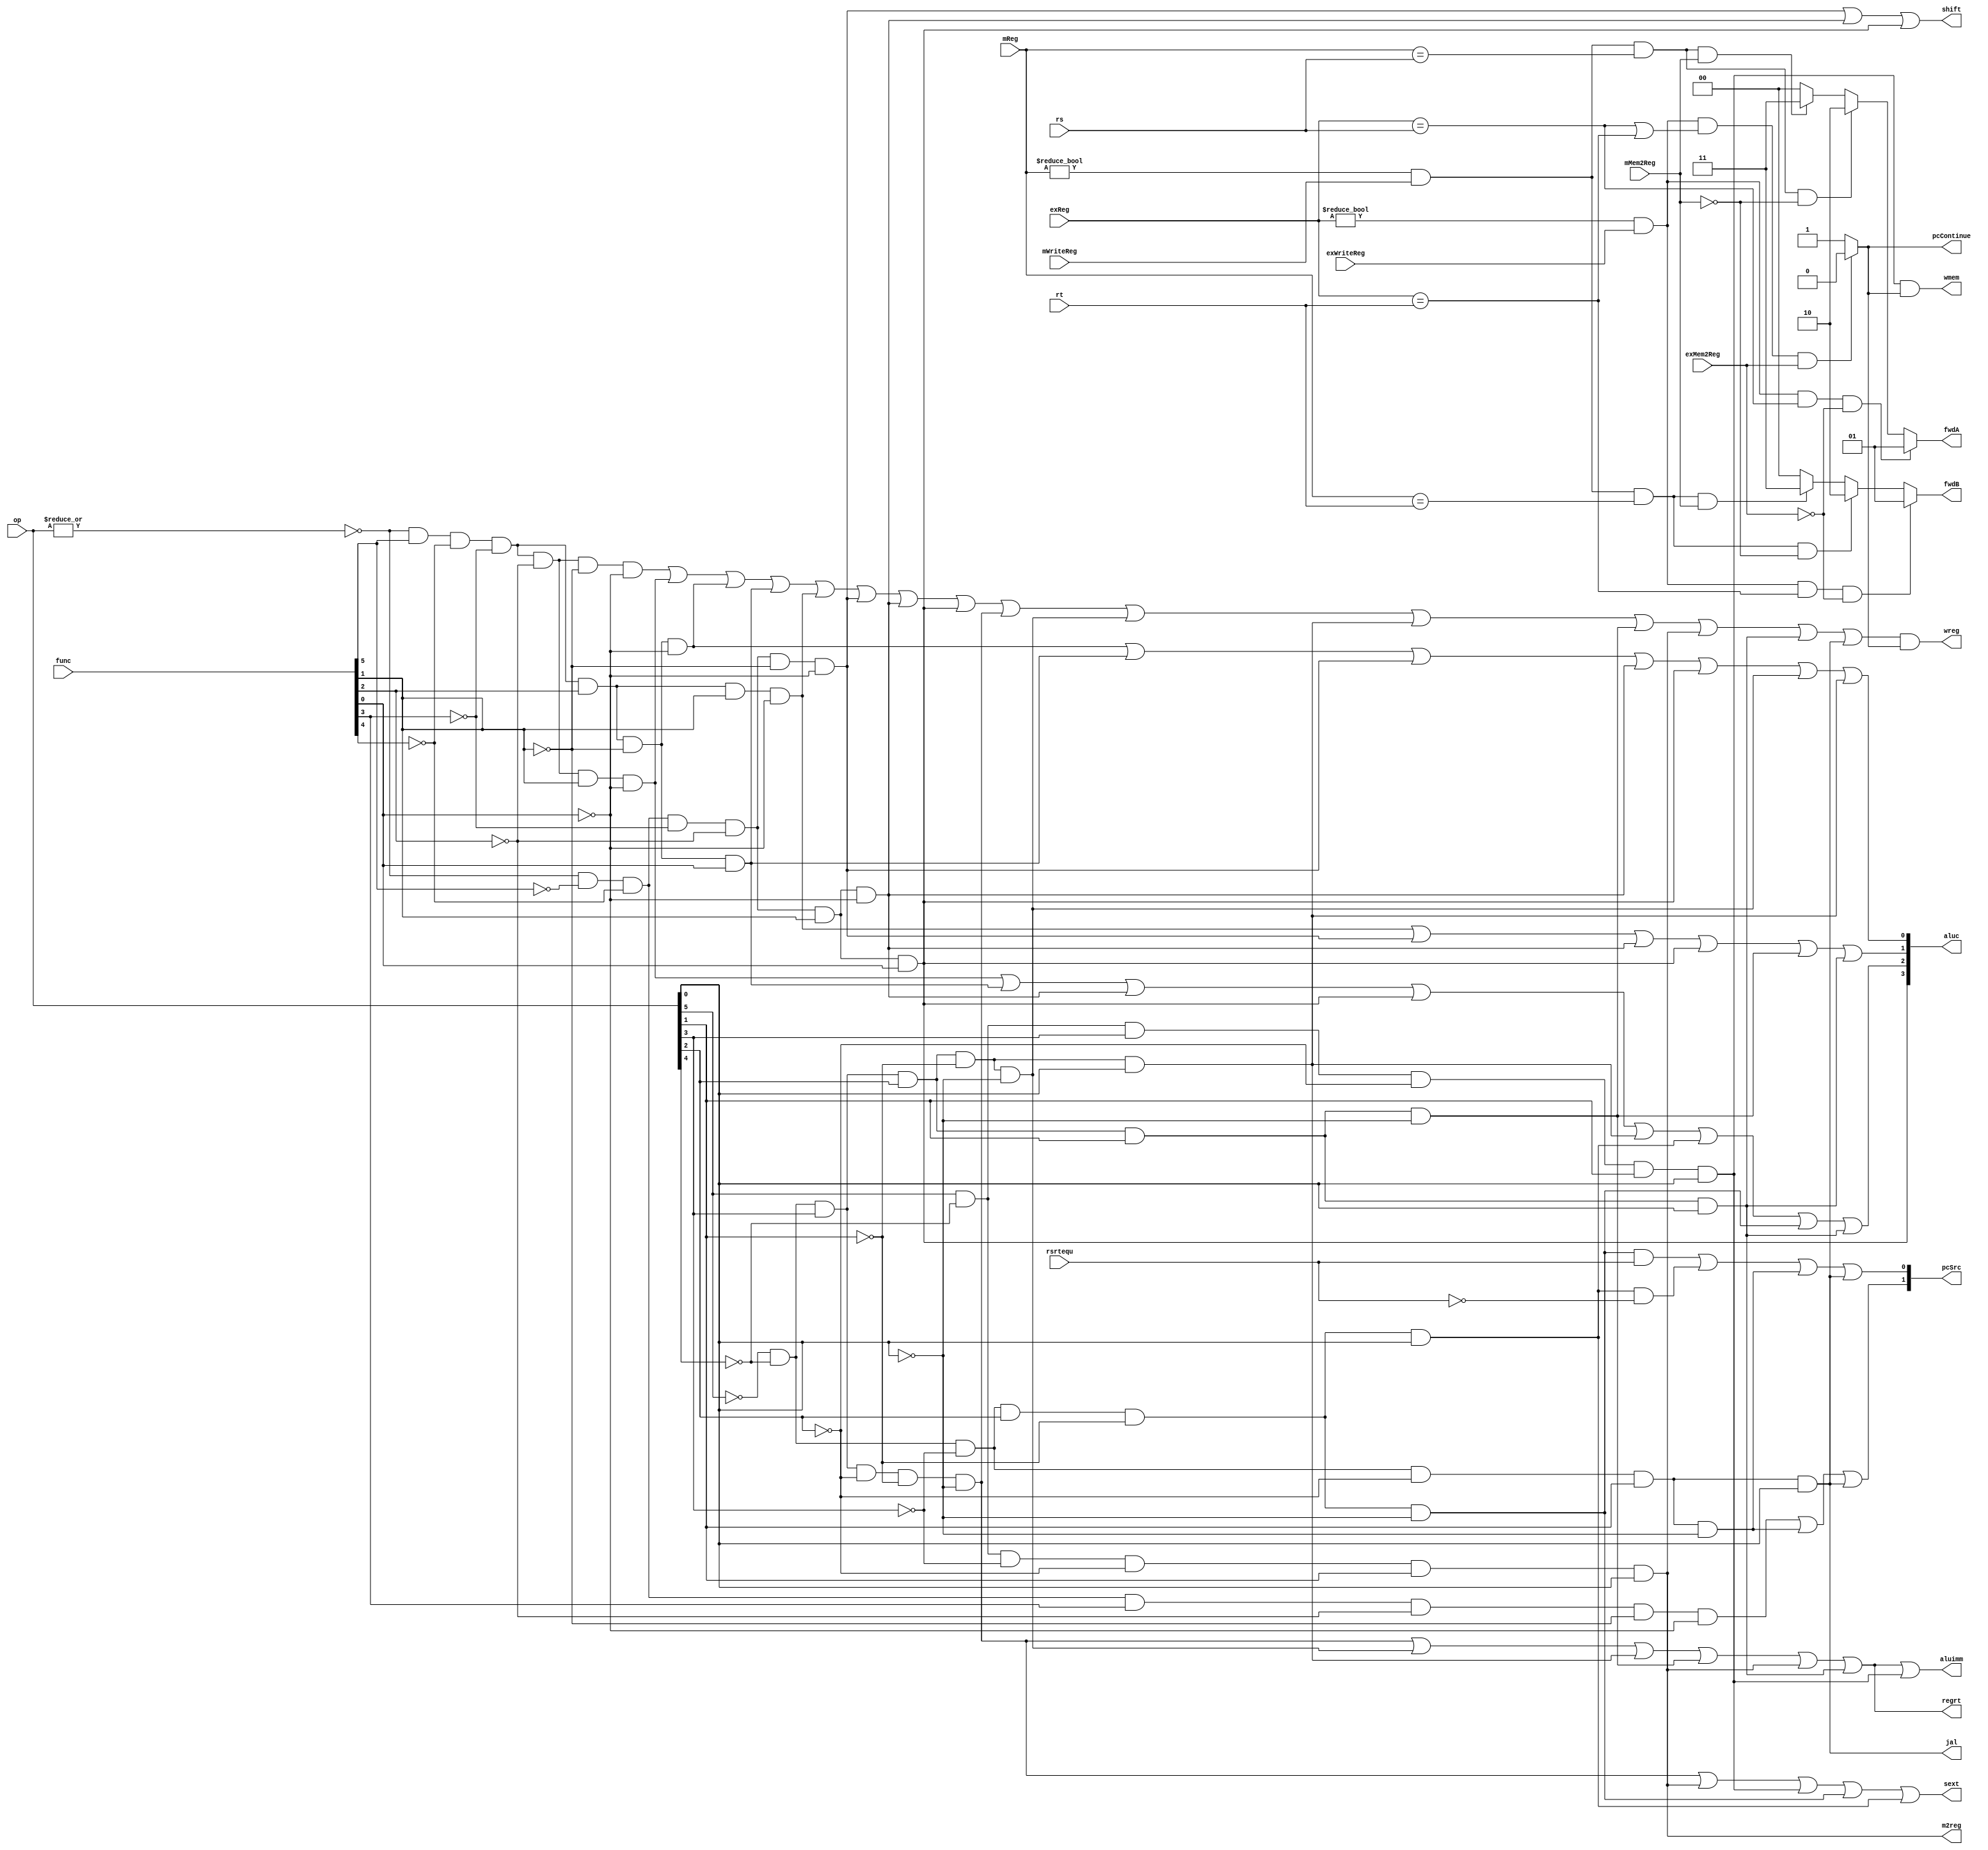
module ppl_cu (op, func, rs, rt, // input before cu
            rsrtequ, mReg, mMem2Reg, mWriteReg, exReg, exMem2Reg, exWriteReg, // input after cu
            wreg, m2reg, wmem, jal, aluc, aluimm, shift, // output to regE
            regrt, sext, fwdA, fwdB, // output to decode stage
            pcSrc, pcContinue); // output to fetch stage
    input   [5:0]   op, func;
    input           mMem2Reg, mWriteReg, exMem2Reg, exWriteReg, rsrtequ;
    input   [4:0]   rs, rt, mReg, exReg;

    output          wreg, regrt, jal, m2reg, shift, aluimm, sext, wmem, pcContinue;
    reg             pcContinue;
    output  [3:0]   aluc;
    output  [1:0]   pcSrc, fwdA, fwdB;
    reg     [1:0]   fwdA, fwdB;

    wire r_type = ~|op;
    wire i_add = r_type &  func[5] & ~func[4] & ~func[3] & ~func[2] & ~func[1] & ~func[0]; //100000
    wire i_sub = r_type &  func[5] & ~func[4] & ~func[3] & ~func[2] &  func[1] & ~func[0]; //100010

    wire i_and = r_type &  func[5] & ~func[4] & ~func[3] &  func[2] & ~func[1] & ~func[0]; //100100
    wire i_or  = r_type &  func[5] & ~func[4] & ~func[3] &  func[2] & ~func[1] &  func[0]; //100101

    wire i_xor = r_type &  func[5] & ~func[4] & ~func[3] &  func[2] &  func[1] & ~func[0]; //100110
    wire i_sll = r_type & ~func[5] & ~func[4] & ~func[3] & ~func[2] & ~func[1] & ~func[0]; //000000
    wire i_srl = r_type & ~func[5] & ~func[4] & ~func[3] & ~func[2] &  func[1] & ~func[0]; //000010
    wire i_sra = r_type & ~func[5] & ~func[4] & ~func[3] & ~func[2] &  func[1] &  func[0]; //000011
    wire i_jr  = r_type & ~func[5] & ~func[4] &  func[3] & ~func[2] & ~func[1] & ~func[0]; //001000

    wire i_addi = ~op[5] & ~op[4] &  op[3] & ~op[2] & ~op[1] & ~op[0]; //001000
    wire i_andi = ~op[5] & ~op[4] &  op[3] &  op[2] & ~op[1] & ~op[0]; //001100

    wire i_ori  = ~op[5] & ~op[4] &  op[3] &  op[2] & ~op[1] &  op[0]; //001101
    wire i_xori = ~op[5] & ~op[4] &  op[3] &  op[2] &  op[1] & ~op[0]; //001110
    wire i_lw   =  op[5] & ~op[4] & ~op[3] & ~op[2] &  op[1] &  op[0]; //100011
    wire i_sw   =  op[5] & ~op[4] &  op[3] & ~op[2] &  op[1] &  op[0]; //101011
    wire i_beq  = ~op[5] & ~op[4] & ~op[3] &  op[2] & ~op[1] & ~op[0]; //000100
    wire i_bne  = ~op[5] & ~op[4] & ~op[3] &  op[2] & ~op[1] &  op[0]; //000101
    wire i_lui  = ~op[5] & ~op[4] &  op[3] &  op[2] &  op[1] &  op[0]; //001111
    wire i_j    = ~op[5] & ~op[4] & ~op[3] & ~op[2] &  op[1] & ~op[0]; //000010
    wire i_jal  = ~op[5] & ~op[4] & ~op[3] & ~op[2] &  op[1] &  op[0]; //000011


    assign pcSrc[1] = i_jr | i_j | i_jal;
    assign pcSrc[0] = (i_beq & rsrtequ) | (i_bne & ~rsrtequ) | i_j | i_jal;

    assign wreg = (i_add | i_sub | i_and | i_or   | i_xor  |
                   i_sll | i_srl | i_sra | i_addi | i_andi |
                   i_ori | i_xori | i_lw | i_lui  | i_jal) & (pcContinue);

    assign aluc[3] =  i_sra;
    assign aluc[2] =  i_sub | i_or | i_srl | i_sra | i_ori | i_bne | i_beq | i_lui;
    assign aluc[1] =  i_xor | i_sll | i_srl | i_sra | i_xori | i_lui;
    assign aluc[0] =  i_and | i_or | i_sll | i_srl | i_sra | i_andi | i_ori ;
    assign shift   =  i_sll | i_srl | i_sra ;

    assign aluimm  = i_addi | i_andi | i_ori | i_xori | i_lw | i_lui | i_sw;
    assign sext    = i_addi | i_lw | i_sw | i_beq | i_bne;
    assign wmem    = i_sw & pcContinue;
    assign m2reg   = i_lw;
    assign regrt   = i_addi | i_andi | i_ori | i_xori | i_lw | i_lui;
    assign jal     = i_jal;

    always @ (*) begin
        pcContinue <= 1;
        fwdA <= 2'b00;
        fwdB <= 2'b00;

        if ((exReg != 0) & exWriteReg & (exReg == rs) & ~exMem2Reg) begin
            fwdA <= 2'b01;
        end else if ((mReg != 0) & mWriteReg & (mReg == rs) & ~mMem2Reg) begin
            fwdA <= 2'b10;
        end else if ((mReg != 0) & mWriteReg & (mReg == rs) & mMem2Reg) begin
            fwdA <= 2'b11;
        end

        if ((exReg != 0) & exWriteReg & (exReg == rt) & ~exMem2Reg) begin
            fwdB <= 2'b01;
        end else if ((mReg != 0) & mWriteReg & (mReg == rt) & ~mMem2Reg) begin
            fwdB <= 2'b10;
        end else if ((mReg != 0) & mWriteReg & (mReg == rt) & mMem2Reg) begin
            fwdB <= 2'b11;
        end

        if ((exReg != 0) & exWriteReg & ((exReg == rs) | (exReg == rt)) & exMem2Reg) begin
            pcContinue <= 0;
        end
    end
endmodule // ppl_cu